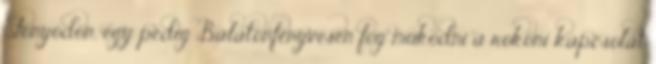
Fonyódon, egy pedig Balatonfenyvesen fog működni a rokoni kapcsolat